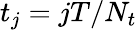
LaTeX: t_{j}=jT/N_{t}